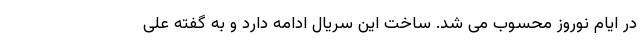
در ایام نوروز محسوب می شد. ساخت این سریال ادامه دارد و به گفته علی